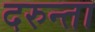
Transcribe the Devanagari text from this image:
दरुन्ता